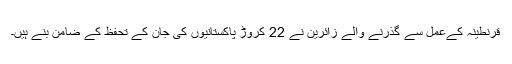
قرنطینہ کےعمل سے گذرنے والے زائرین نے 22 کروڑ پاکستانیوں کی جان کے تحفظ کے ضامن بنے ہیں۔